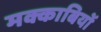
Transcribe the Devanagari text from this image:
मक्काबियों